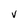
Character: v